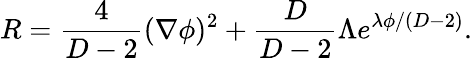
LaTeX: R=\frac{4}{D-2}(\nabla\phi)^{2}+\frac{D}{D-2}\Lambda e^{\lambda\phi/(D-2)}.